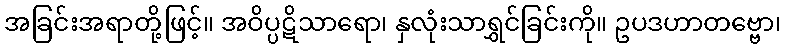
အခြင်းအရာတို့ဖြင့်။ အဝိပ္ပဋိသာရော၊ နှလုံးသာရွှင်ခြင်းကို။ ဥပဒဟာတဗ္ဗော၊